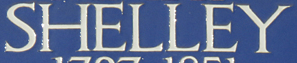
SHELLEY